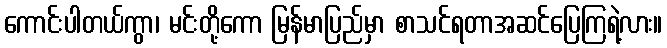
ကောင်းပါတယ်ကွာ၊ မင်းတို့ကော မြန်မာပြည်မှာ စာသင်ရတာအဆင်ပြေကြရဲ့လား။